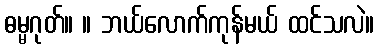
ဓမ္မဂုတ်။ ။ ဘယ်လောက်ကုန်မယ် ထင်သလဲ။